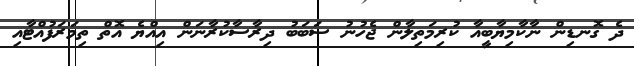
ދެ ގޮނޑިން ނާކާމިޔާބީއާ ކުރިމަތިލާން ޖެހުނު ސަބަބު ދިރާސާކުރާނަން އިއްޔެ އޮތް ތިމަރަފުއްޓާއި